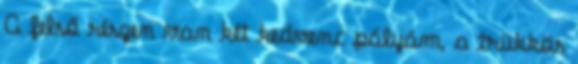
A felső részen van két kedvenc pályám, a trükkös